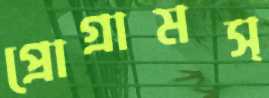
প্রোগ্রামস্